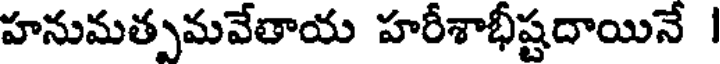
హనుమత్పమవేతాయ హరీశాభీష్టదాయినే I